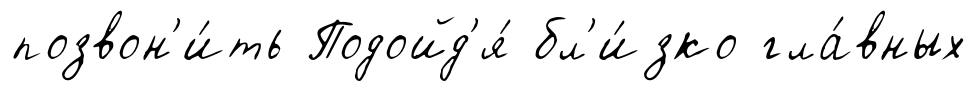
позвон'и́ть Подойд'я́ бл'и́зко гла́вных